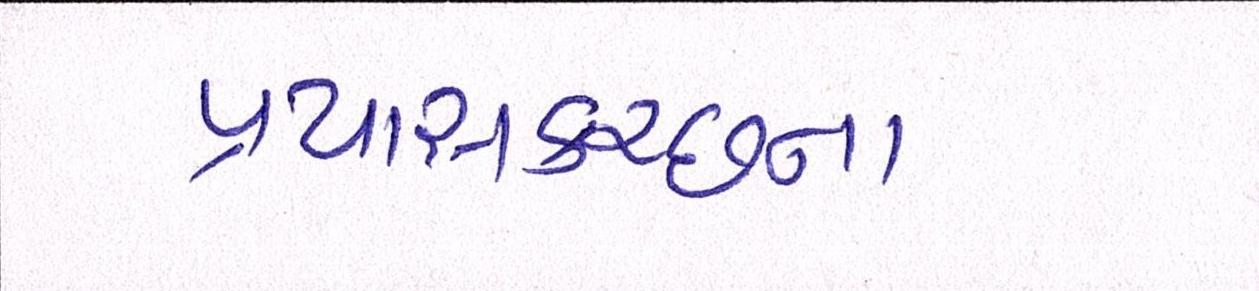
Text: પ્રયાસકચ્છના